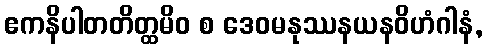
ဧကနိပါတတိတ္ထမိဝ စ ဒေဝမနုဿနယနဝိဟံဂါနံ,